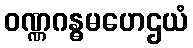
ဝဏ္ဏဂန္ဓမဟေဌယံ